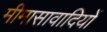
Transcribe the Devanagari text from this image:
मीमासावादियों